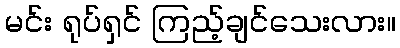
မင်း ရုပ်ရှင် ကြည့်ချင်သေးလား။